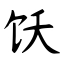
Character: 饫